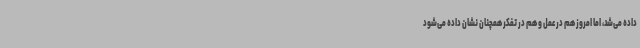
داده می‌شد، اما امروز هم در عمل و هم در تفکر همچنان نشان داده می‌شود